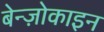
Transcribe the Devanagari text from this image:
बेन्ज़ोकाइन